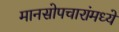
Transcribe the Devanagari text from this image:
मानसोपचारांमध्ये